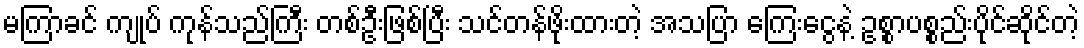
မကြာခင် ကျုပ် ကုန်သည်ကြီး တစ်ဦးဖြစ်ပြီး သင်တန်ဖိုးထားတဲ့ အသပြာ ကြေးငွေနဲ့ ဥစ္စာပစ္စည်းပိုင်ဆိုင်တဲ့